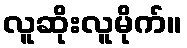
လူဆိုးလူမိုက်။